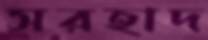
সরহাদ